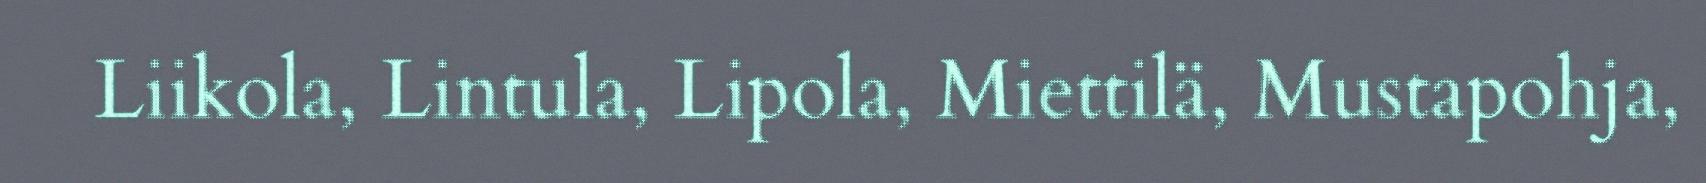
Liikola, Lintula, Lipola, Miettilä, Mustapohja,